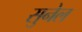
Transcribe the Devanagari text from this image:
सुनेल